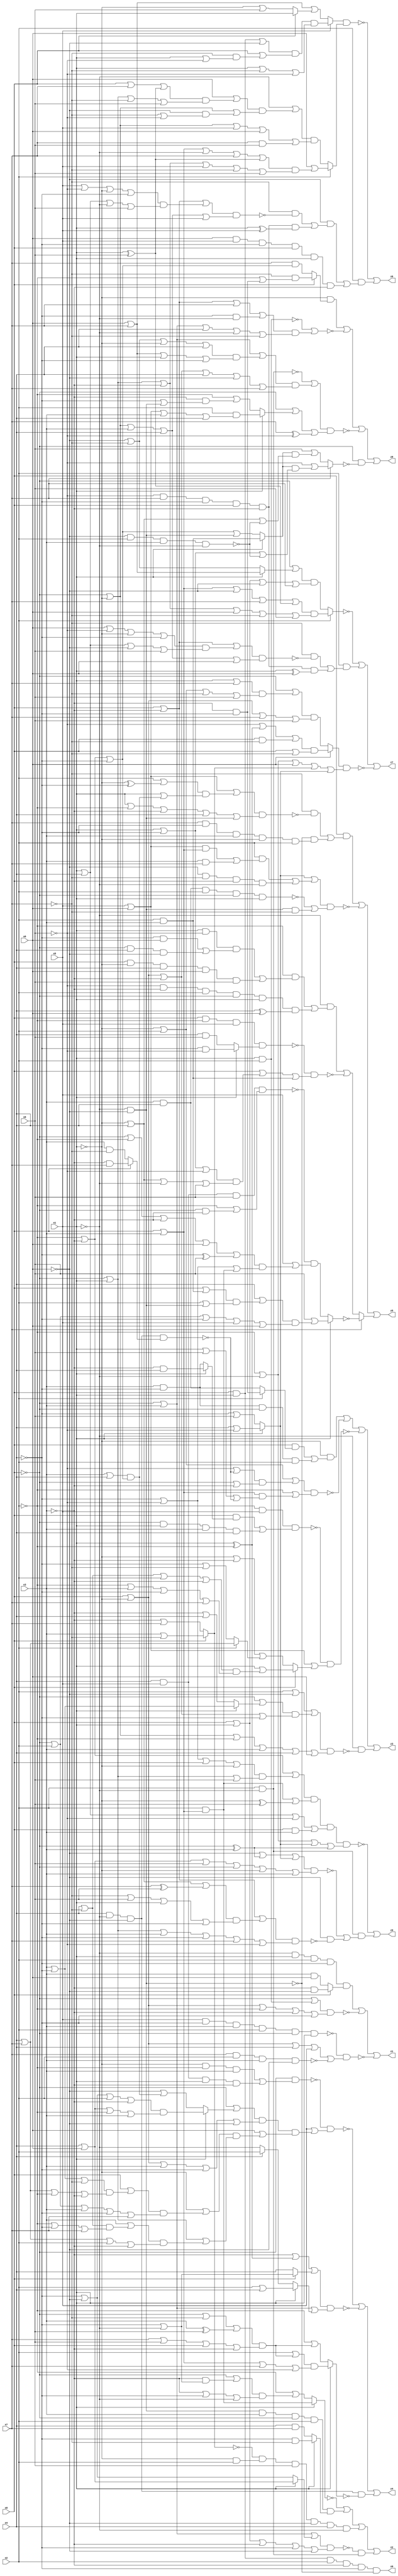
// Benchmark "quot_res" written by ABC on Mon Feb 27 05:19:30 2023

module quot_res ( 
    x0, x1, x2, x3, x4, x5, x6, x7, x8,
    z0, z1, z2, z3, z4, z5, z6, z7, z8, z9  );
  input  x0, x1, x2, x3, x4, x5, x6, x7, x8;
  output z0, z1, z2, z3, z4, z5, z6, z7, z8, z9;
  wire n21, n23, n24, n25, n26, n27, n29, n30, n31, n32, n33, n34, n35, n36,
    n38, n39, n40, n41, n42, n43, n44, n46, n47, n48, n49, n50, n51, n53,
    n54, n55, n56, n57, n58, n59, n60, n61, n62, n63, n64, n65, n66, n67,
    n68, n69, n71, n72, n73, n74, n75, n76, n77, n78, n80, n81, n82, n83,
    n84, n85, n87, n88, n89, n90, n91, n92, n93, n94, n95, n97, n98, n99,
    n100;
  assign z0 = x0 & x1 & x2 & ~x3 & ~x4 & ~n21;
  assign n21 = ~x5 & ~x6;
  assign z1 = (n23 & (x0 ? (~x3 & ~x6) : (x3 & x6))) | ~n24 | ~n25;
  assign n23 = ~x5 & x1 & x2 & ~x4;
  assign n24 = (~x0 | (x1 & x2)) & (x0 | ~x1 | ~x2 | ~x3 | ~x4);
  assign n25 = ~n26 & (x0 | ~x1 | x4 | x5 | ~n27);
  assign n26 = x5 & ~x4 & x3 & x2 & ~x0 & x1;
  assign n27 = x7 & x2 & x3 & ~x6;
  assign z2 = ~n31 | n32 | n34 | (~n29 & n30);
  assign n29 = (~x0 | x3 | (x1 ? (x4 | x6) : (~x4 | ~x6))) & (x0 | x1 | ~x3 | ~x4 | ~x6);
  assign n30 = x2 & ~x5;
  assign n31 = x1 ? (x2 & (x0 | x3)) : (~x2 | ((~x0 | (~x3 & (~x4 | ~x5))) & (~x3 | ~x4 | ~x5)));
  assign n32 = n33 & (x1 ? (~x4 & ~x7) : (x4 & x7));
  assign n33 = ~x6 & ~x5 & x3 & ~x0 & x2;
  assign n34 = ~n36 & n35 & x8 & ~x6 & x4 & ~x5;
  assign n35 = ~x1 & x2;
  assign n36 = x0 ? (x3 | ~x7) : (~x3 | x7);
  assign z3 = n39 | ~n40 | ~n42 | (~x5 & ~n38);
  assign n38 = (x2 | ~x6 | ((~x0 | (x1 ? (x3 | ~x4) : (~x3 | x4))) & (x0 | ~x1 | ~x3 | ~x4))) & (~x0 | ~x1 | ~x2 | x3 | x4 | x6);
  assign n39 = ~x1 & ((x0 & (x2 ? (~x3 & ~x4) : (x3 & x4))) | (x3 & ~x4 & ~x0 & x2));
  assign n40 = (~x1 | x2 | ((~x8 | ~n41) & (~x0 | ~x3))) & (~x2 | ((x0 | x3) & (x1 | x8 | ~n41)));
  assign n41 = x4 & ~x5 & ~x6 & (x0 ? (~x3 & x7) : (x3 & ~x7));
  assign n42 = ~n43 & (x5 | x6 | n44);
  assign n43 = ~x2 & x5 & ((x0 & (x1 ? (~x3 & x4) : (x3 & ~x4))) | (~x0 & x1 & x3 & x4));
  assign n44 = x0 ? (x1 | ((x4 | ~x7 | x2 | ~x3) & (~x2 | x3 | ~x4 | x7))) : (~x1 | ~x3 | (x2 ? (x4 | x7) : (~x4 | ~x7)));
  assign z4 = ~n48 | ~n47 | (x4 & ~x5 & ~x6 & ~n46);
  assign n46 = x1 ? ((x2 | ((~x0 | ~x7 | (x3 ^ x8)) & (x7 | x8 | x0 | ~x3))) & (x0 | x3 | x7 | ~x8)) : (~x2 | ((~x0 | ~x7 | (x3 ^ x8)) & (x7 | x8 | x0 | ~x3)));
  assign n47 = (~x3 | (x1 ^ ~x2) | (x0 ? (~x4 | ~x5) : x4)) & (~x0 | x3 | (x1 ? (x2 | x4) : (x4 ? x2 : ~x5)));
  assign n48 = ~n50 & (x5 | (n51 & (x6 | n49)));
  assign n49 = (~x1 | ((x0 | ((x3 | ~x4 | ~x7) & (x4 | x7 | ~x2 | ~x3))) & (~x0 | x2 | x3 | ~x4 | x7))) & (~x0 | x1 | ((x3 | ((x4 | ~x7) & (~x2 | ~x4 | x7))) & (x4 | x7 | x2 | ~x3)));
  assign n50 = ~x0 & ((~x1 & ~x2 & x3) | (x4 & x5 & x1 & ~x3));
  assign n51 = (~x0 | (x1 ? ((~x4 | ~x6 | x2 | ~x3) & (x4 | x6 | ~x2 | x3)) : (~x6 | ((~x2 | ~x3 | ~x4) & (x3 | x4))))) & (x0 | ~x1 | x3 | ~x4 | ~x6);
  assign z5 = n63 | ~n66 | (x7 ? ~n53 : (n57 | ~n60));
  assign n53 = x1 ? (x8 | n56) : (~n55 & (x5 | n54));
  assign n54 = (~x0 | ~x2 | ~x3 | x6 | (~x4 ^ x8)) & (~x4 | ~x8 | (x2 & (x0 | x3)));
  assign n55 = x4 & x5 & x8 & (~x2 | (~x0 & ~x3));
  assign n56 = (x4 | ((x0 | (x2 & x3)) & (x2 | (~x5 & ~x6)))) & (~x0 | x2 | ~x4 | x5 | x6);
  assign n57 = ~x5 & (n58 | (n59 & (x4 ^ x6)));
  assign n58 = ~x2 & ((x1 & ~x8 & ((~x4 & x6) | (~x0 & x4 & ~x6))) | (x0 & ~x1 & x4 & x6 & x8));
  assign n59 = ~x8 & ~x3 & x2 & ~x0 & x1;
  assign n60 = ~n62 & (x0 | n61 | (x2 & x3));
  assign n61 = (x1 | ~x4 | ~x8) & (~x1 | x4 | ~x5 | x8);
  assign n62 = x0 & ~x2 & x5 & (x1 ? (~x4 & ~x8) : (x4 & x8));
  assign n63 = x0 & ((~x7 & ~n64) | (~n21 & n65));
  assign n64 = (x5 | x6 | ((x2 | (~x1 ^ ~x4)) & (x1 | ((x3 | x4) & (~x2 | ~x3 | ~x4))))) & (x1 | ~x2 | ~x3 | x4 | (~x5 & ~x6));
  assign n65 = x7 & ~x4 & x3 & ~x1 & x2;
  assign n66 = (n67 | n68) & (~n69 | (~x5 & ~x6 & ~x7));
  assign n67 = x1 ? (x4 | ~x8) : (~x4 | x8);
  assign n68 = (x2 & (((x5 | x6) & (x0 | x3)) | (x3 & x7))) | (~x6 & ~x7 & x0 & ~x5);
  assign n69 = x4 & x3 & x2 & ~x0 & x1;
  assign z6 = ~n75 | (x2 & (n71 | n74));
  assign n71 = ~x6 & ((~x7 & ~n72) | (n73 & (x1 ^ x5)));
  assign n72 = (x0 | ~x3 | ((x5 | ~x8 | ~x1 | ~x4) & (x1 | x4 | ~x5 | x8))) & (~x0 | ~x1 | x3 | x4 | x5);
  assign n73 = ~x8 & x7 & ~x4 & x0 & ~x3;
  assign n74 = x6 & x5 & ~x4 & x0 & x1 & ~x3;
  assign n75 = n78 & (x2 ? (x6 | n77) : n76);
  assign n76 = (~x5 | ((x6 | ((x0 | x7 | (x1 ^ x8)) & (~x0 | x1 | ~x7 | x8))) & (~x0 | ~x1 | (~x6 & (~x7 | ~x8))))) & (~x0 | ~x1 | x5 | x6 | (x7 & x8));
  assign n77 = (x0 | x3 | ~x5 | x7 | (x1 ^ x8)) & (~x0 | x1 | ~x3 | x5 | ~x7 | x8);
  assign n78 = x5 ? (((x0 & x1) | ~x6) & (x0 | (~x7 & (x1 | ~x8))) & (x1 | ~x7 | ~x8)) : (x6 | x7 | (x0 ? x1 : (~x1 | x8)));
  assign z7 = ~n84 | n80 | ~n82;
  assign n80 = x2 & ((~x7 & ~n81) | (n73 & (x1 ^ x6)));
  assign n81 = (x0 | ~x3 | ((x6 | ~x8 | ~x1 | ~x4) & (x1 | x4 | ~x6 | x8))) & (~x0 | ~x1 | x3 | x4 | x6);
  assign n82 = n83 & (~x2 | ~x5 | x6 | n36 | n67);
  assign n83 = x6 ? ((~x8 | (x1 ^ ~x2) | (x0 & ~x7)) & (x0 | ~x7)) : ((~x0 | ((x1 | x7) & (~x1 | x2 | ~x7 | x8))) & (x0 | ~x1 | x7 | x8));
  assign n84 = x2 ? n85 : ((~x0 | (x1 ? (x6 | x7) : (~x6 | ~x7))) & (x0 | x1 | ~x6 | x7));
  assign n85 = (x0 | x3 | ~x6 | x7 | (x1 ^ x8)) & (~x0 | x1 | ~x3 | x6 | ~x7 | x8);
  assign z8 = n90 | ~n91 | ~n93 | (~x0 & ~n87);
  assign n87 = x7 ? (~x8 | (n88 & (x1 | ~x4 | ~n89))) : (x8 | (n88 & (~x1 | x4 | ~n89)));
  assign n88 = x1 ? (x2 & x3) : (~x2 | ~x3 | ~x4 | (~x5 & ~x6));
  assign n89 = ~x6 & x2 & x3 & ~x5;
  assign n90 = ~x1 & (x0 ? (~x7 & (~x2 | (~x3 & ~x4))) : (x7 & (~x2 | ~x3 | ~x4)));
  assign n91 = ~n92 | ((x0 | ~x3 | x7 | (~x4 & ~x5)) & (~x0 | x3 | x4 | ~x5 | ~x7));
  assign n92 = x1 & x2;
  assign n93 = (~n30 | n94) & (~x0 | n95 | (x7 ^ ~x8));
  assign n94 = (~x0 | x3 | ((~x6 | ~x7 | ~x1 | x4) & (x6 | x7 | x1 | ~x4))) & (x0 | ~x1 | ~x3 | x4 | ~x6 | x7);
  assign n95 = x1 ? (x2 & (x5 | x6 | x3 | x4)) : (~x2 | (~x3 & (~x4 | (~x5 & ~x6))));
  assign z9 = ~n99 | (n30 & (~n98 | (~x6 & ~n97)));
  assign n97 = (x0 | ~x3 | ((~x1 | x4 | (x7 ^ x8)) & (~x7 | x8 | x1 | ~x4))) & (~x0 | x1 | x3 | ~x4 | x7 | ~x8);
  assign n98 = (~x6 | (~x0 ^ x3) | (x1 ? (x4 | ~x8) : (~x4 | x8))) & (x4 | x6 | x8 | ~x0 | ~x1 | x3);
  assign n99 = n100 & (~x2 | ~x5 | n67 | (~x0 ^ x3));
  assign n100 = (~x2 | ~x3 | ((~x4 | ~x8 | x0 | ~x1) & (~x0 | x1 | x8))) & ((x2 & (x0 | x3)) | (~x1 ^ x8)) & (x1 | x4 | ~x8 | (x0 & x3));
endmodule